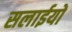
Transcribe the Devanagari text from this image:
सलाईयों